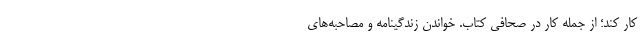
کار کند؛ از جمله کار در صحافی کتاب. خواندن زندگینامه و مصاحبه‌های